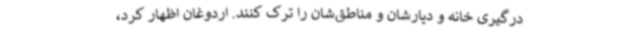
درگیری خانه و دیارشان و مناطق‌شان را ترک کنند. اردوغان اظهار کرد،